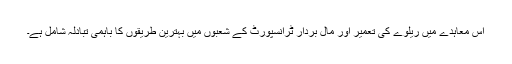
اس معاہدے میں ریلوے کی تعمیر اور مال بردار ٹرانسپورٹ کے شعبوں میں بہترین طریقوں کا باہمی تبادلہ شامل ہے۔